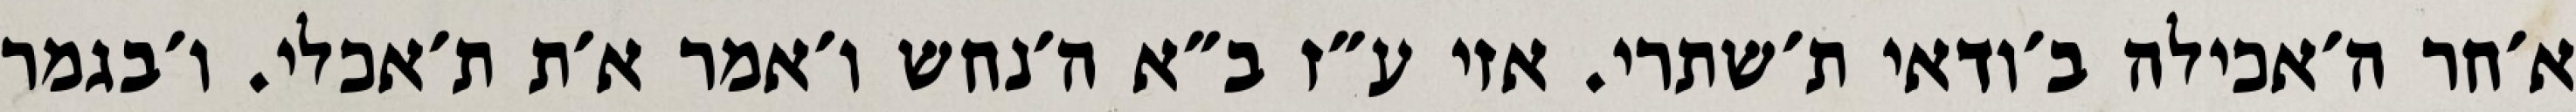
א׳חר ה׳אכילה ב׳ודאי ת׳שתרי. אזי ע״ז ב״א ה׳נחש ו׳אמר א׳ת ת׳אכלי. ו׳בגמר